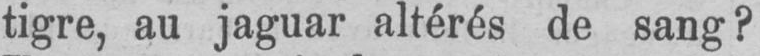
tigre, au jaguar altérés de sang?